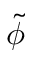
\widetilde \phi